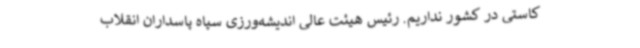
کاستی در کشور نداریم. رئیس هیئت عالی اندیشه‌ورزی سپاه پاسداران انقلاب